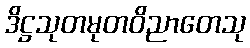
ဒိဋ္ဌသုတမုတဝိညာတေသု